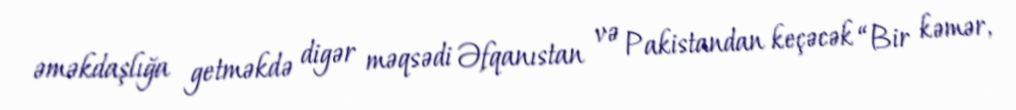
əməkdaşlığa getməkdə digər məqsədi Əfqanıstan və Pakistandan keçəcək “Bir kəmər,